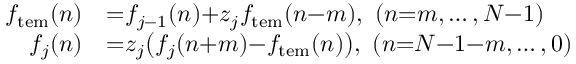
\begin{array} { r l } { f _ { \mathrm { t e m } } ( n ) } & { { } { = } f _ { j - 1 } ( n ) { + } z _ { j } f _ { \mathrm { t e m } } ( n { - } m ) , \ ( n { = } m , \ldots , N { - } 1 ) } \\ { f _ { j } ( n ) } & { { } { = } z _ { j } \big ( f _ { j } ( n { + } m ) { - } f _ { \mathrm { t e m } } ( n ) \big ) , \ ( n { = } N { - } 1 { - } m , \ldots , 0 ) } \end{array}